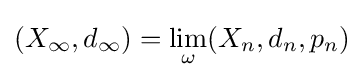
(X_{\infty },d_{\infty })=\lim _{\omega }(X_{n},d_{n},p_{n})